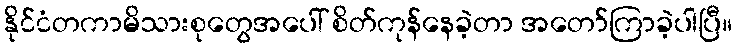
နိုင်ငံတကာမိသားစုတွေအပေါ် စိတ်ကုန်နေခဲ့တာ အတော်ကြာခဲ့ပါပြီ။